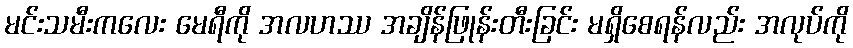
မင်းသမီးကလေး မေရီကို အလဟဿ အချိန်ဖြုန်းတီးခြင်း မရှိစေရန်လည်း အလုပ်ကို